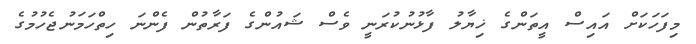
މިފަހަކަށް އައިސް އީތަންގެ ޚިޔާލު ފާޅުނުކުރަނީ ވެސް ޝައުންގެ ފަރާތުން ފެންނަ ހިތްހަމަނުޖެހުމުގެ